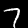
Digit: 7